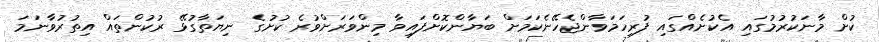
ކުށް މާނަކުރުމުގައި އެކުށެއްގައި ފުރިހަމަވާންޖެހޭނެކަމަށް ބަޔާންކޮށްފައިވާ މިންވަރަށްވުރެ ކުށުގެ ނިޔަތާގުޅޭ ރުކުންތައް އިތުރުވާނަމަ